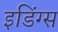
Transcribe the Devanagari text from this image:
इडिंग्स